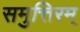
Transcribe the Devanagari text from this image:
समुत्तिरम्